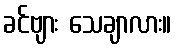
ခင်ဗျား သေချာလား။